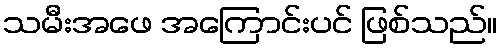
သမီးအဖေ အကြောင်းပင် ဖြစ်သည်။